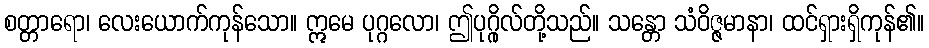
စတ္တာရော၊ လေးယောက်ကုန်သော။ ဣမေ ပုဂ္ဂလော၊ ဤပုဂ္ဂိုလ်တို့သည်။ သန္တော သံဝိဇ္ဇမာနာ၊ ထင်ရှားရှိကုန်၏။